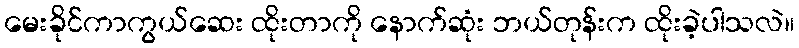
မေးခိုင်ကာကွယ်ဆေး ထိုးတာကို နောက်ဆုံး ဘယ်တုန်းက ထိုးခဲ့ပါသလဲ။